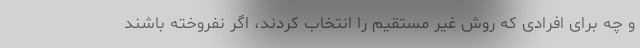
و چه برای افرادی که روش غیر مستقیم را انتخاب کردند، اگر نفروخته باشند